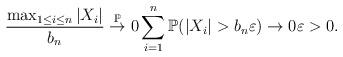
LaTeX: \begin{align*}\frac{\max_{1\le i\le n}|X_i|}{b_n}\overset{\mathbb{P}}{\to} 0 \sum_{i=1}^n \mathbb{P}(|X_i|>b_n\varepsilon)\to 0 \varepsilon>0.\end{align*}